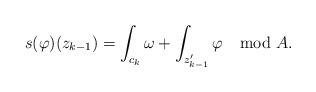
LaTeX: \begin{align*}s(\varphi)(z_{k-1})=\int_{c_k}\omega+\int_{z_{k-1}'}\varphi\mod A.\end{align*}